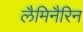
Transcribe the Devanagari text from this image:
लैमिनैरिन